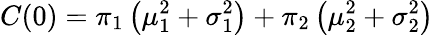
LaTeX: C(0)=\pi_{1}\left(\mu_{1}^{2}+\sigma_{1}^{2}\right)+\pi_{2}\left(\mu_{2}^{2}+\sigma_{2}^{2}\right)